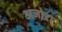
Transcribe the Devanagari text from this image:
अजोरा